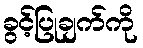
ခွင့်ပြုချက်ကို